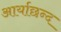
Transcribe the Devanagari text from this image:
आर्याछन्द